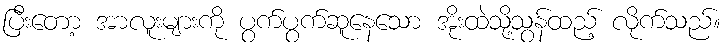
ပြီးတော့ အာလူးများကို ပွက်ပွက်ဆူနေသော အိုးထဲသို့သွန်ထည့် လိုက်သည်။